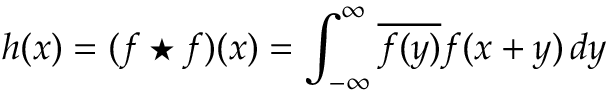
h ( x ) = ( f \star f ) ( x ) = \int _ { - \infty } ^ { \infty } { \overline { { f ( y ) } } } f ( x + y ) \, d y